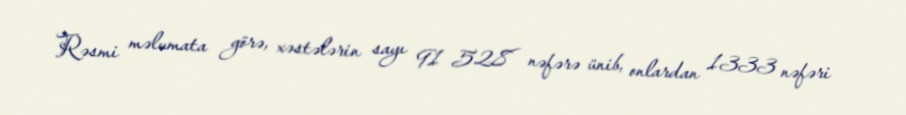
Rəsmi məlumata görə, xəstələrin sayı 91 528 nəfərə ünib, onlardan 1333 nəfəri